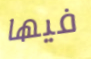
فيها